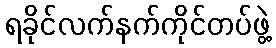
ရခိုင်လက်နက်ကိုင်တပ်ဖွဲ့